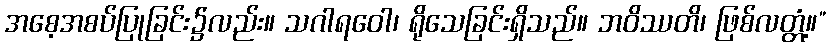
အစေ့အစပ်ပြုခြင်း၌လည်း။ သဂါရဝေါ၊ ရိုသေခြင်းရှိသည်။ ဘဝိဿတိ၊ ဖြစ်လတ္တံ့။”